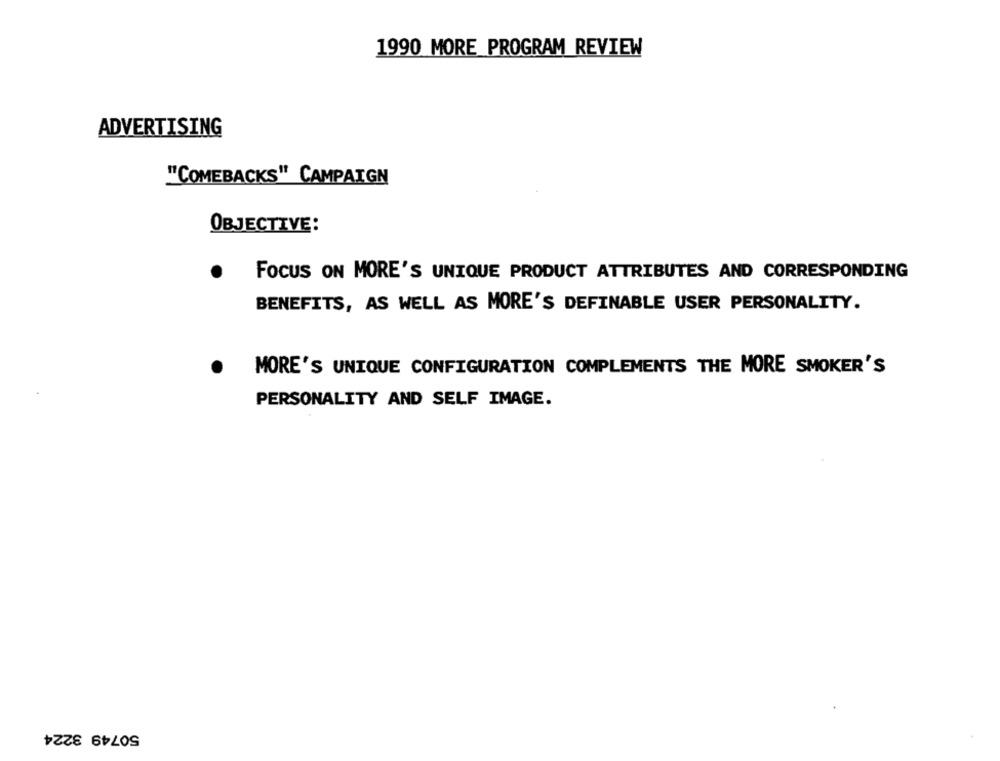
1990 MORE PROGRAM REVIEW
ADVERTISING
"COMEBACKS" CAMPAIGN
OBJECTIVE:
.
FOCUS ON MORE'S UNIQUE PRODUCT ATTRIBUTES AND CORRESPONDING
BENEFITS, AS WELL AS MORE'S DEFINABLE USER PERSONALITY.
.
MORE'S UNIQUE CONFIGURATION COMPLEMENTS THE MORE SMOKER'S
PERSONALITY AND SELF IMAGE.
50749 3224